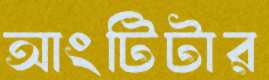
আংটিটার